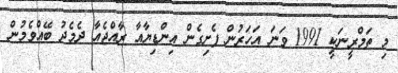
މިި ތަމްރީނަކީ 1991 ވަނަ އަހަރުން ފެށިގެން އިންޑިޔާއާ ރާއްޖެއާ ދެމެދު ބޭއްވެމުން